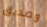
وصديق